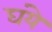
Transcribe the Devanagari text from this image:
घंये